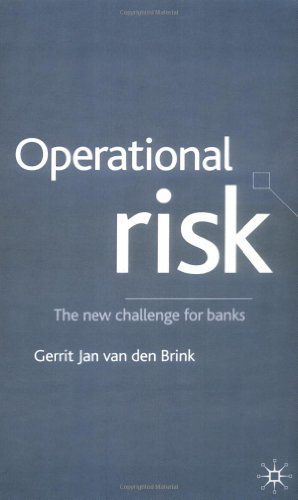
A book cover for Operational Risk: The New Challenge for Banks; Gerrit Jan van den Brink; Business & Money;